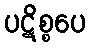
ပဋိစ္စပေ